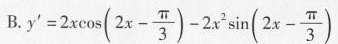
B.$$y ' = 2 x \cos ( 2 x - \frac { π } { 3 } ) - 2 x ^ { 2 } \sin ( 2 x - \frac { π } { 3 } )$$